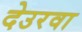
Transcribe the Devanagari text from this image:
देउरवा